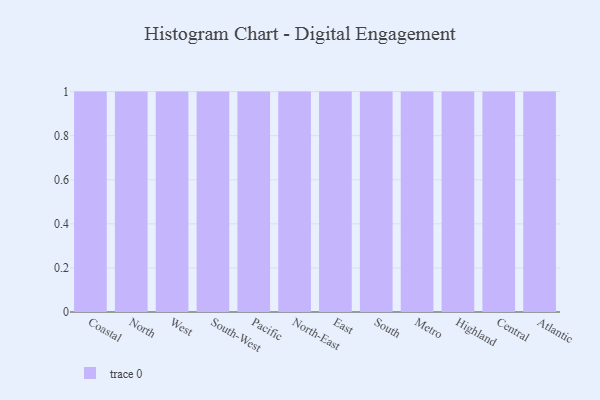
{"axis": {"x": "Region", "y": "Churn Rate (%)"}, "legend": [""], "data": [{"x": "Coastal", "y": 9, "type": ""}, {"x": "North", "y": 84, "type": ""}, {"x": "West", "y": 65, "type": ""}, {"x": "South-West", "y": 82, "type": ""}, {"x": "Pacific", "y": 78, "type": ""}, {"x": "North-East", "y": 28, "type": ""}, {"x": "East", "y": 70, "type": ""}, {"x": "South", "y": 50, "type": ""}, {"x": "Metro", "y": 82, "type": ""}, {"x": "Highland", "y": 87, "type": ""}, {"x": "Central", "y": 46, "type": ""}, {"x": "Atlantic", "y": 31, "type": ""}]}